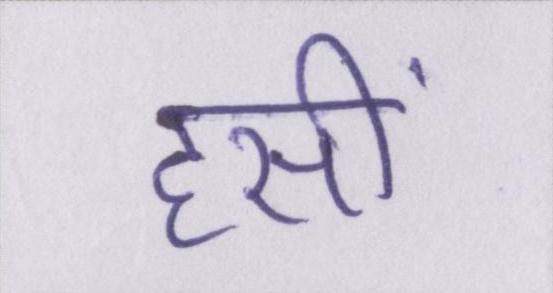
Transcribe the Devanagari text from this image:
हसीं